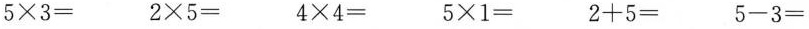
$$5 × 3 =$$ $$2 × 5 =$$ $$4 × 4 =$$ $$5 × 1 =$$ $$2 + 5 =$$ $$5 - 3 =$$